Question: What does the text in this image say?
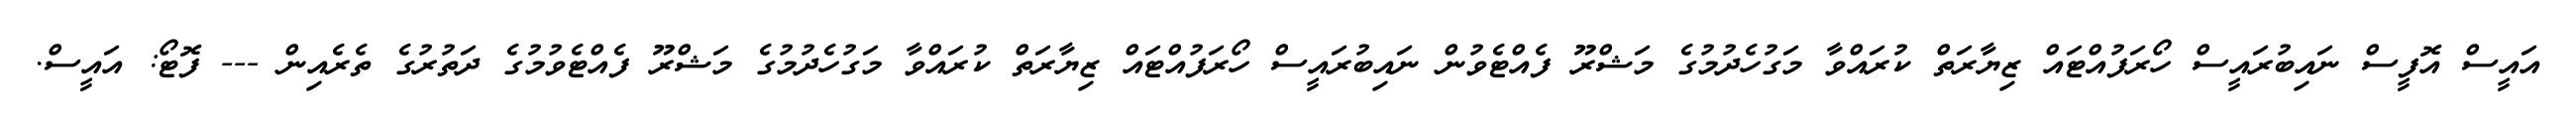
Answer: އައީސް އޮފީސް ނައިބުރައީސް ހޯރަފުއްޓައް ޒިޔާރަތް ކުރައްވާ މަގުހެދުމުގެ މަޝްރޫ ފެއްޓެވުން ނައިބުރައީސް ހޯރަފުއްޓައް ޒިޔާރަތް ކުރައްވާ މަގުހެދުމުގެ މަޝްރޫ ފެއްޓެވުމުގެ ދަތުރުގެ ތެރެއިން --- ފޮޓޯ: އައީސް.